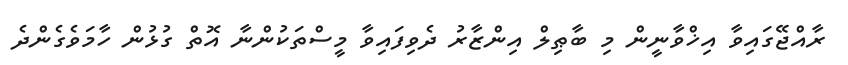
ރާއްޖޭގައިވާ އިޚްވާނީން މި ބާޠިލް އިންޒާރު ދެވިފައިވާ މީސްތަކުންނާ އޮތް ގުޅުން ހާމަވެގެންދެ